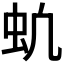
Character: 𬟵